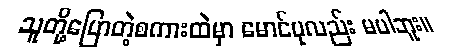
သူတို့ပြောတဲ့စကားထဲမှာ မောင်ပုလည်း မပါဘူး။